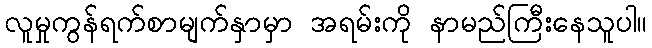
လူမှုကွန်ရက်စာမျက်နှာမှာ အရမ်းကို နာမည်ကြီးနေသူပါ။